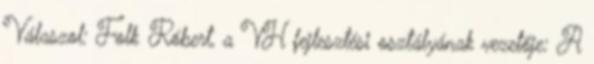
Válaszol: Folk Róbert, a VH fejlesztési osztályának vezetője: A